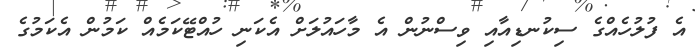
އެ ފުލުހެއްގެ ސިކުނޑިއާއި ވިސްނުން އެ މާހައުލަށް އެކަނި ހުއްޓޭކަމެއް ކަމުން އެކަމުގެ